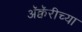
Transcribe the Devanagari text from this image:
अॅक्वॅरीच्या